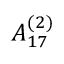
{ A } _ { 1 7 } ^ { ( 2 ) }